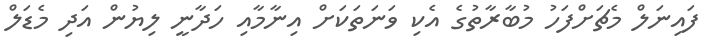
ފައިނަލް މެޗަށްފަހު މުބާރާތުގެ އެކި ވަނަތަކަށް އިނާމާއި ހަދާނީ ލިޔުން އަދި މެޑަލް